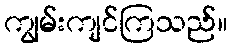
ကျွမ်းကျင်ကြသည်။